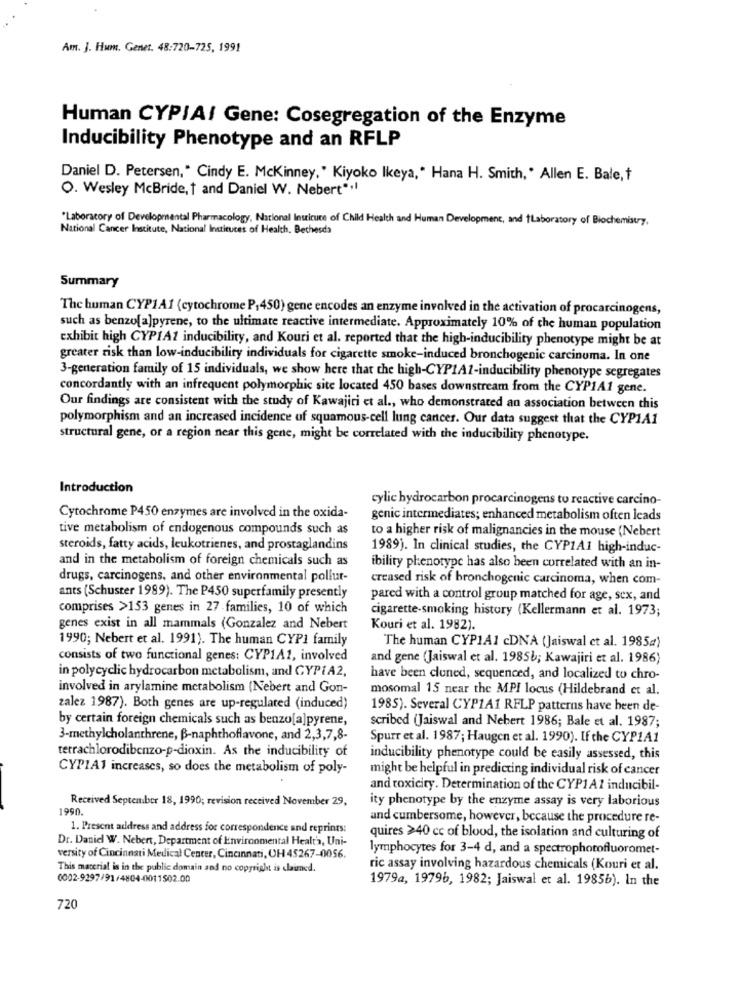
Am. J. Hum. Genet. 48:720-725, 1991
Human CYPIA/ Gene: Cosegregation of the Enzyme
Inducibility Phenotype and an RFLP
Daniel D. Petersen," Cindy E. Mckinney," Kiyoko Ikeya," Hana H. Smith, * Allen E. Bale, t
O. Wesley McBride, t and Daniel W. Nebert' ,!
"Laboratory of Developmental Pharmacology, National Institute of Child Health and Human Development, and Laboratory of Biochemistry,
National Cancer Institute, National Instituces of Health, Bethesda
Summary
The human CYP1A1 (cytochrome P1450) gene encodes an enzyme involved in the activation of procarcinogens,
such as benzo[a]pyrene, to the ultimate reactive intermediate. Approximately 10% of the human population
exhibit high CYPIAZ inducibility, and Kouri et al. reported that the high-inducibility phenotype might be at
greater risk than low-inducibility individuals for cigarette smoke-induced bronchogenic carcinuma. In one
3-generation family of 15 individuals, we show here that the high-CYPIA1-inducibility phenotype segregates
concordantly with an infrequent polymorphic site located 450 bases downstream from the CYP1A1 gene.
Our findings are consistent with the study of Kawajiri et al ., who demonstrated an association between this
polymorphism and an increased incidence of squamous-cell lung cancer. Our data suggest that the CYP1A1
structural gene, or a region near this gene, might be correlated with the inducibility phenotype.
Introduction
cylic hydrocarbon procarcinogens to reactive carcino-
Cytochrome P450 enzymes are involved in the oxida-
genic intermediates; enhanced metabolism often leads
tive metabolism of endogenous compounds such as
to a higher risk of malignancies in the mouse (Nebert
steroids, fatty acids, leukotrienes, and prostaglandins
1989). In clinical studies, the CYP1AI high-induc-
and in the metabolism of foreign chemicals such as
ibility phenotype has also been correlated with an in-
drugs, carcinogens, and other environmental pollut-
creased risk of bronchogenic carcinoma, when com-
ants (Schuster 1999). The P450 superfamily presently
pared with a control group matched for age, sex, and
comprises >153 genes in 27-families, 10 of which
cigarette smoking history (Kellermann et al. 1973;
genes exist in all mammals (Gonzalez and Nebert
Kouri et al. 1982).
1990; Nebert et al. 1991). The human CYP1 family
The human CYP1A1 cDNA (Jaiswal et al. 1985a)
consists of two functional genes: CYP1A1, involved
and gene (Jaiswal et al. 1985b; Kawajiri et al. 1986)
in polycyclic hydrocarbon metabolism, and CYPIA2,
have been cloned, sequenced, and localized to chro-
involved in arylamine metabolism (Nebert and Gon-
mosomal 15 near the MPI locus (Hildebrand et al.
zalez 1987). Both genes are up-regulated (induced)
1985). Several CYP1A1 RFLP patterns have been de-
by certain foreign chemicals such as benzo[a]pyrene,
scribed (Jaiswal and Nebert 1986; Bale et al. 1987;
3-methylcholanthrene, B-naphthoflavone, and 2,3,7,8-
Spurr et al. 1987; Haugen et al. 1990). If the CYP1A1
terrachlorodibenzo-p-dioxin. As the inducibility of
inducibility phenotype could be easily assessed, this
CYP1A1 increases, so does the metabolism of poly-
might be helpful in predicting individual risk of cancer
and toxicity. Determination of the CYP1A2 inducibil-
Received September 18, 1990; revision received November 29,
ity phenotype by the enzyme assay is very laborious
1990.
and cumbersome, however, because the procedure re-
1. Present address and address for correspondence and reprints:
Dr. Daniel W. Nebert, Department of Environmental Healt'a, Uni-
quires >40 cc of blood, the isolation and culturing of
lymphocytes for 3-4 d, and a spectrophotofluoromet-
versity of Cincinnati Medical Center, Cincinnati, OH 45267-0056.
This material is in the public domain and no copyright is claimed.
ric assay involving hazardous chemicals (Kouri et al.
0002-9297/91/4804-0011502.00
1979a, 19796, 1982; Jaiswal et al. 1985b). In the
720